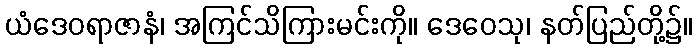
ယံဒေဝရာဇာနံ၊ အကြင်သိကြားမင်းကို။ ဒေဝေသု၊ နတ်ပြည်တို့၌။